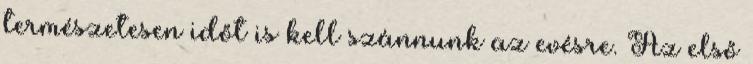
természetesen időt is kell szánnunk az evésre. Az első